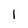
Character: 1